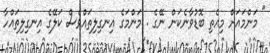
" މަންމައަށް މިއެތި ބޮޑުވާނެކަން ނޭގެ . މަންމަގެ އިނގިލިތައްވެސް ކަލޭގެ އިނގިލިތައްހާ